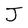
Character: J